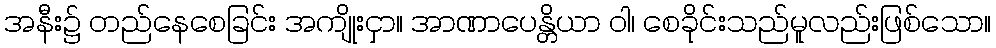
အနီး၌ တည်နေစေခြင်း အကျိုးငှာ။ အာဏာပေန္တိယာ ဝါ၊ စေခိုင်းသည်မူလည်းဖြစ်သော။